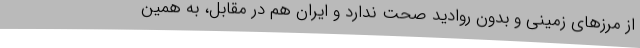
از مرزهای زمینی و بدون روادید صحت ندارد و ایران هم در مقابل، به همین